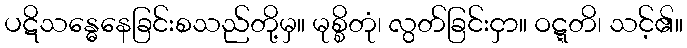
ပဋိသန္ဓေနေခြင်းစသည်တို့မှ။ မုစ္စိတုံ၊ လွတ်ခြင်းငှာ။ ဝဋ္ဋတိ၊ သင့်၏။